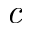
\textit { c }